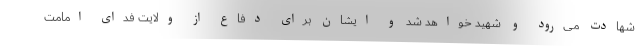
شهادت می‌رود و شهید خواهد شد و ایشان برای دفاع از ولایت فدای امامت